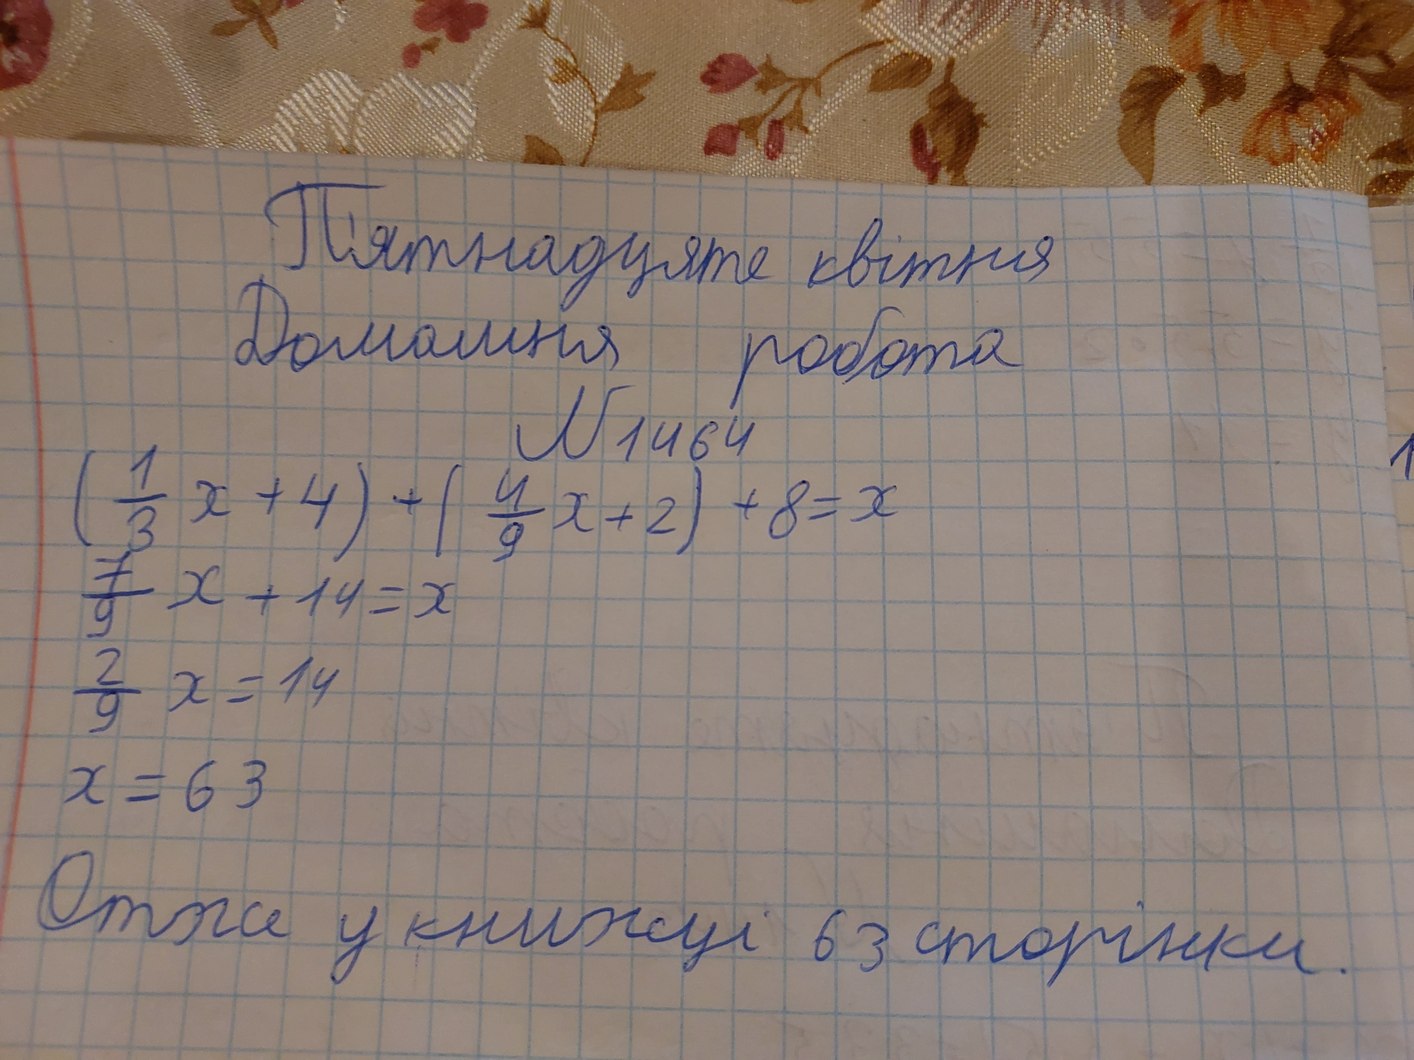
П'ятнадцяте квітня
Домашня робота
№1464
(\frac{1}{3} x + 4) + (\frac{4}{9} x + 2) + 8 = x
\frac{7}{9} x + 14 = x
\frac{2}{9} x = 14
x = 63
Отже у книжці 63 сторінки.